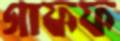
গাফফ